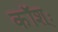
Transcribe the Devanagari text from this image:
कॉश्ः